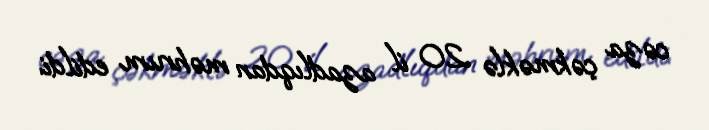
cəza çəkməklə 20 il azadlıqdan məhrum edildi.